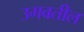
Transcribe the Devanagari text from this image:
उगवतील